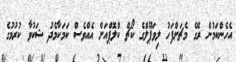
އެހެންކަމުން ރޭގެ މެޗަށްފަހު ލިވަޕޫލްގެ ކޯޗް ކްލޮޕްއަށް އެއްވެސް ކަމަކާމެދު ޝަކުވާ ކުރުމުގެ